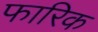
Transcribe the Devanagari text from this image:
फारिक